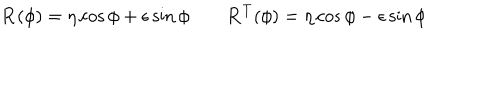
\mathbf { R } ( \phi ) = \mathbf { \eta } \cos \phi + \mathbf { \epsilon } \sin \phi \qquad \mathbf { R } ^ { T } ( \phi ) = \mathbf { \eta } \cos \phi - \mathbf { \epsilon } \sin \phi